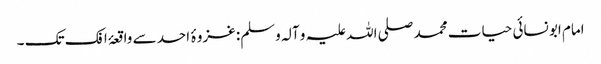
امام ابو نسائی حیات محمد صلی اللہ علیہ و آلہ وسلم: غزوۂ احد سے واقعۂ افک تک ۔